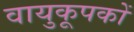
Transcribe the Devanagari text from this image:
वायुकूपकों